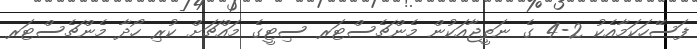
ފަސޭހަކަމާއެކު 2-4 ގެ ނަތީޖާއަކުން މެންޗެސްޓަރ ސިޓީގެ މައްޗަށް ކުރި ހޯދާ މެންޗެސްޓަރ